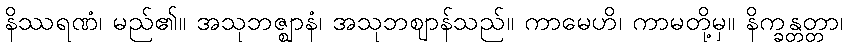
နိဿရဏံ၊ မည်၏။ အသုဘဇ္ဈာနံ၊ အသုဘဈာန်သည်။ ကာမေဟိ၊ ကာမတို့မှ။ နိက္ခန္တတ္တာ၊